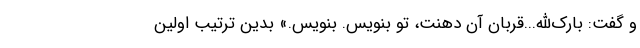
و گفت: بارک‌الله...قربان آن دهنت، تو بنویس. بنویس.» بدین ترتیب اولین